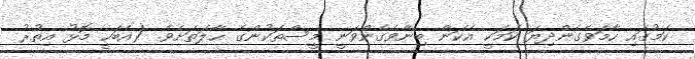
ކަމުގައި ހާމަވެގެންދިޔަ ކަމަކީ އެކަން ބިނާވެގެންވަނީ މީސްތަކުންގެ ޙާލަތަށެވެ. (އެބަހީ މޮޅު އިތުރު